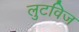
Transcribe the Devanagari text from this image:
लुटविज